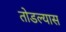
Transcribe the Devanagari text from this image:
तोडल्यास